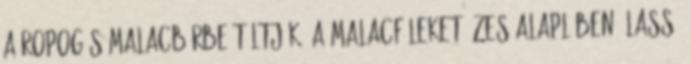
a ropogós malacbőrbe töltjük. A malacfüleket ízes alaplében, lassú